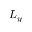
L _ { y }